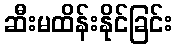
ဆီးမထိန်းနိုင်ခြင်း